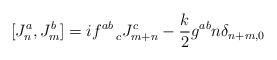
LaTeX: \begin{align*}[J^a_n, J^b_m] = i f^{ab}_{~~~c} J^c_{m+n} - {\frac{k}{2}}g^{ab}n\delta_{n+m,0}\end{align*}